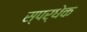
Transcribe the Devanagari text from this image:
स्पर्धेक